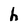
Character: h